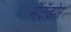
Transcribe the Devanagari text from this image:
मॅटॅडोर